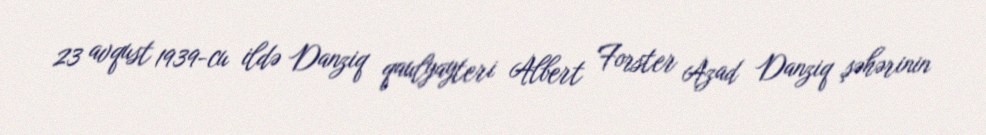
23 avqust 1939-cu ildə Danziq qaulyayteri Albert Forster Azad Danziq şəhərinin